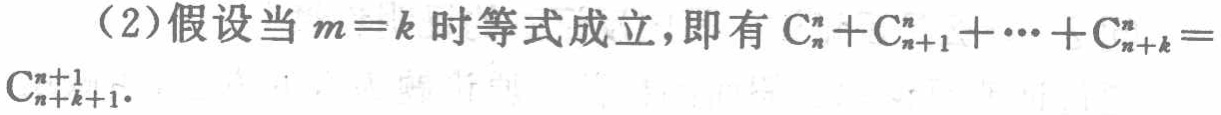
（2）假设当 \(m = k\) 时等式成立，即有 \(\mathrm{C}_{n}^{n}+\mathrm{C}_{n + 1}^{n}+\cdots+\mathrm{C}_{n + k}^{n}=\mathrm{C}_{n + k+1}^{n + 1}\) 。